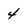
Character: 4